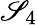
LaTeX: \mathscr{S}_{4}